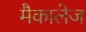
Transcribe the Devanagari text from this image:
मैकालेज